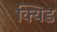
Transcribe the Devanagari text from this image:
क्यिड